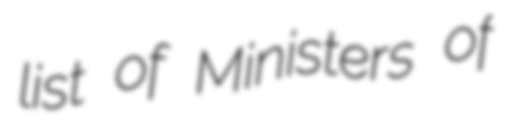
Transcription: list of Ministers of